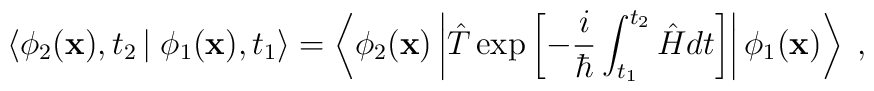
\left\langle \phi_{2} ({\bf x}), t_{2} \left| \right. \phi_{1}({\bf x}), t_{1}\right\rangle =\left\langle \phi_{2}  ({\bf x}) \left| \hat{T}\exp \left[ -\frac{i}{\hbar} \int_{t_{1}}^{t_{2}}\hat{H} dt \right]\right| \phi_{1}  ({\bf x}) \right\rangle   \; ,